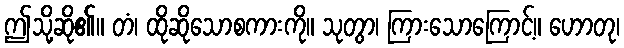
ဤသို့ဆို၏။ တံ၊ ထိုဆိုသောစကားကို။ သုတွာ၊ ကြားသောကြောင့်။ ဟောတု၊